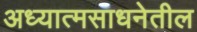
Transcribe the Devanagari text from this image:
अध्यात्मसाधनेतील